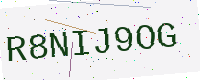
Text: R8NIJ9OG